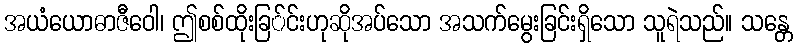
အယံယောဓာဇီဝေါ၊ ဤစစ်ထိုးခြ်င်းဟုဆိုအပ်သော အသက်မွေးခြင်းရှိသော သူရဲသည်။ သန္တေ